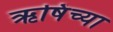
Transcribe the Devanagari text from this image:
ऋषिंच्या